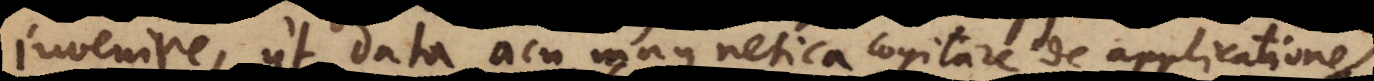
invenire, ut data acu magnetica cogitare de applicatione